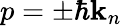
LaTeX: p=\pm\hbar\mathbf{k}_{n}